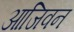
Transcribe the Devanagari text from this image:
आजिवन